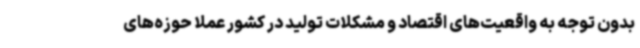
بدون توجه به واقعیت‌های اقتصاد و مشکلات تولید در کشور عملاً حوزه‌های